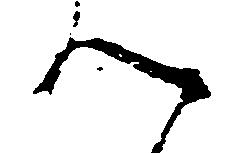
つ